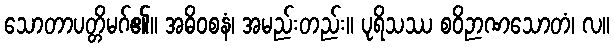
သောတာပတ္တိမဂ်၏။ အဓိဝစနံ၊ အမည်းတည်း။ ပုရိသဿ စဝိဉာဏသောတံ၊ လ။